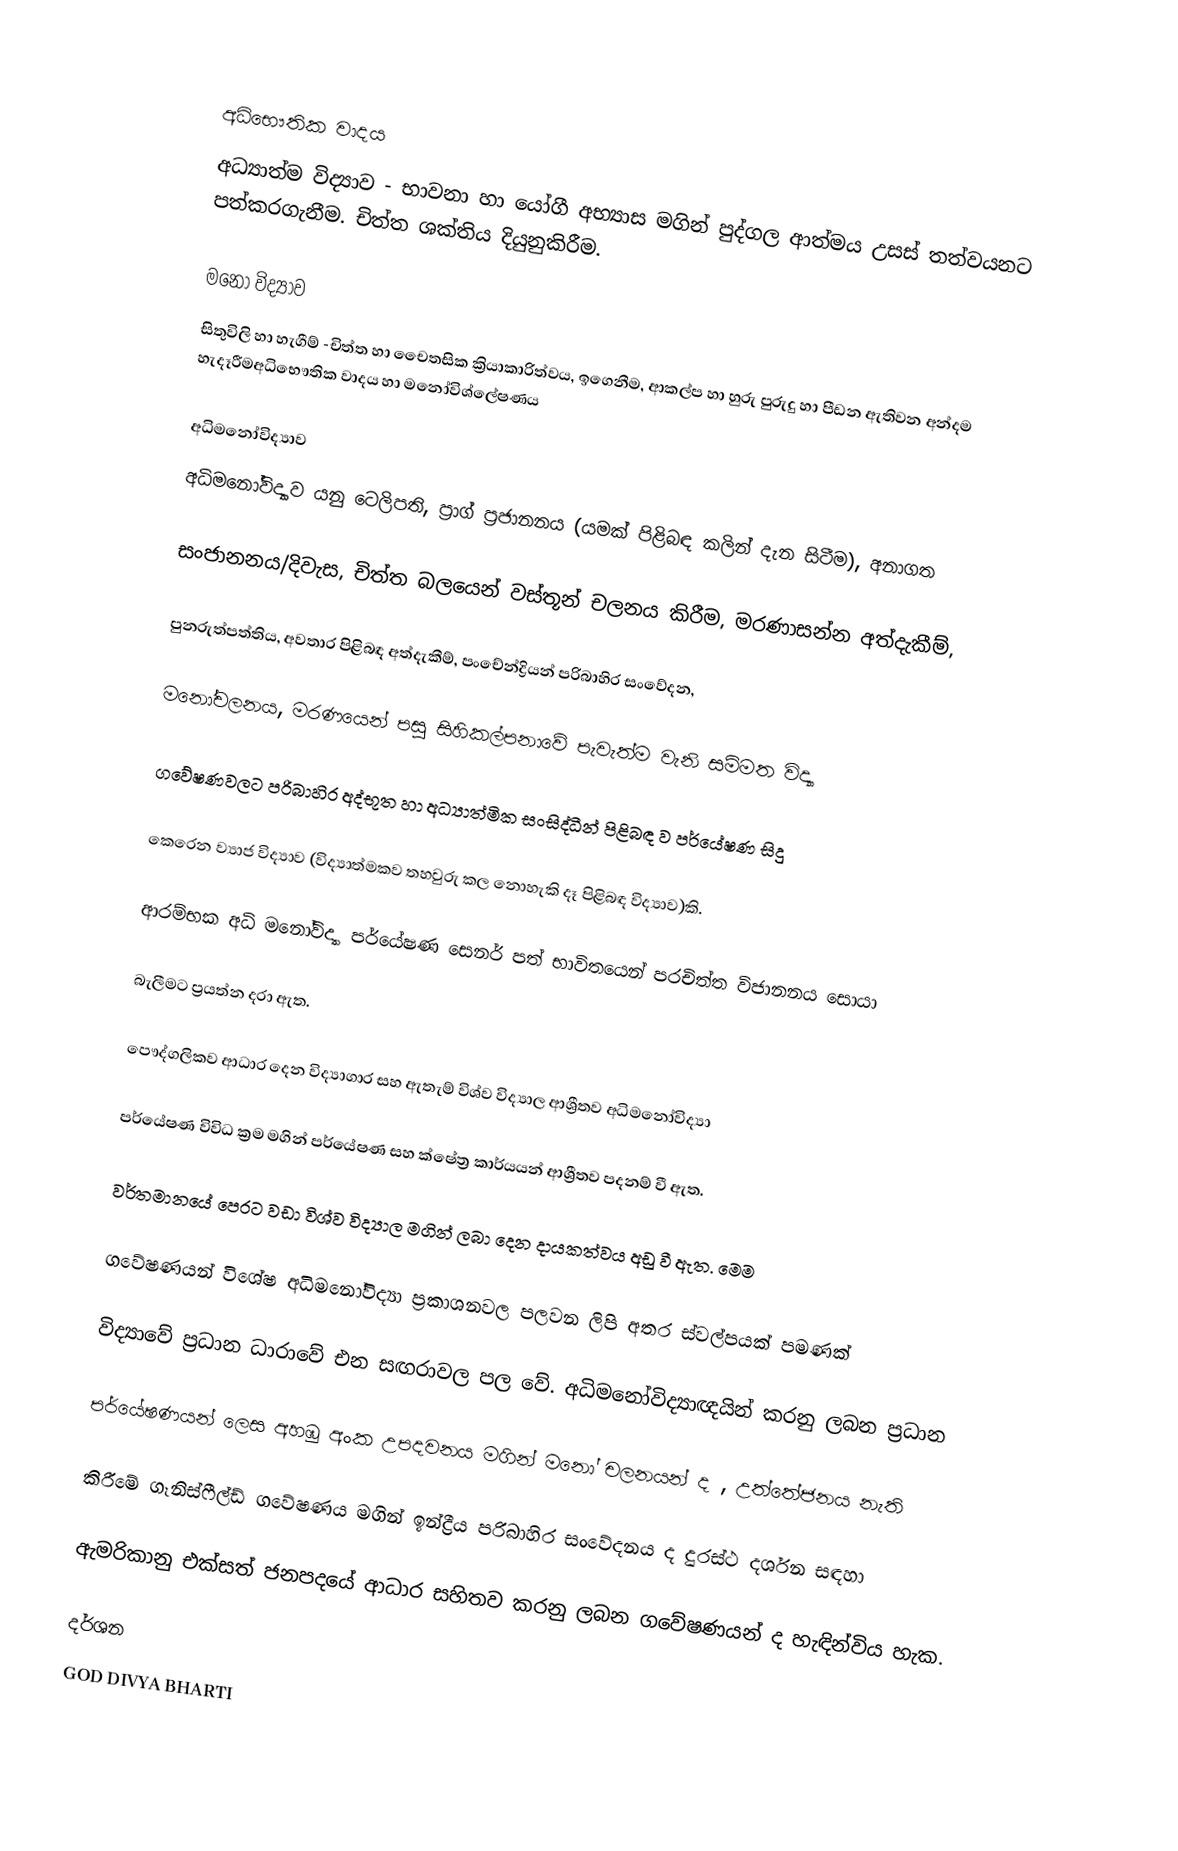

අධිභෞතික වාදය
අධ්‍යාත්ම විද්‍යාව - භාවනා හා යෝගී අභ්‍යාස මගින් පුද්ගල ආත්මය උසස් තත්වයනට පත්කරගැනීම. චිත්ත ශක්තිය දියුනුකිරීම.

මනෝ විද්‍යාව
 සිතුවිලි හා හැගීම් -චිත්ත හා චෛතසික ක්‍රියාකාරිත්වය, ඉගෙනීම, ආකල්ප හා හුරු පුරුදු හා පීඩන ඇතිවන අන්දම හැදෑරීමඅධිභෞතික වාදය හා මනෝවිශ්ලේෂණය

අධිමනෝවිද්‍යාව
අධිමනෝවිද්‍යාව යනු ටෙලිපති, ප්‍රාග් ප්‍රජානනය (යමක් පිළිබඳ කලින් දැන සිටීම), අනාගත

සංජානනය/දිවැස, චිත්ත බලයෙන් වස්තූන් චලනය කිරීම, මරණාසන්න අත්දැකීම්,

පුනරුත්පත්තිය, අවතාර පිළිබඳ අත්දැකීම්, පංචේන්ද්‍රියන් පරිබාහිර සංවේදන,

මනෝචලනය, මරණයෙන් පසු සිහිකල්පනාවේ පැවැත්ම වැනි සම්මත විද්‍යා

ගවේෂණවලට පරිබාහිර අද්භූත හා අධ්‍යාත්මික සංසිද්ධීන් පිළිබඳ ව පර්යේෂණ සිදු

කෙරෙන ව්‍යාජ විද්‍යාව (විද්‍යාත්මකව තහවුරු කල නොහැකි දෑ පිළිබඳ විද්‍යාව)කි.

ආරම්භක අධි මනෝවිද්‍යා පර්යේෂණ සෙනර් පත් භාවිතයෙන් පරචිත්ත විජානනය සොයා

බැලීමට ප්‍රයත්න දරා ඇත‍.

පෞද්ගලිකව ආධාර දෙන විද්‍ය‍ාගාර සහ ඇතැම් විශ්ව විද්‍යාල ආශ්‍රීතව අධිමනෝවිද්‍යා

පර්යේෂණ විවිධ ක්‍රම මගින් පර්යේෂණ සහ ක්ෂේත්‍ර කාර්යයන් ආශ්‍රීතව පදනම් වී ඇත.

වර්තමානයේ පෙරට වඩා විශ්ව විද්‍යාල මගින් ලබා දෙන දායකත්වය අඩු වී ඇත. මෙම

ගවේෂණයන් විශේෂ අධිමනෝවිද්‍යා ප්‍රකාශනවල පලවන ලිපි අතර ස්වල්පයක් පමණක්

විද්‍යාවේ ප්‍රධාන ධාරාවේ එන සඟරාවල පල වේ. අධිමනෝවිද්‍යාඥයින් කරනු ලබන ප්‍රධාන

පර්යේෂණයන් ලෙස අහඹු අංක උපදවනය මගින් මනෝ චලනයන් ද , උත්තේජනය නැති

කිරීමේ ගෑනිස්ෆීල්ඩ් ගවේෂණය මගින් ඉන්ද්‍රීය පරිබාහිර සංවේදනය ද දුරස්ථ දර්ශන සඳහා

ඇමරිකානු එක්සත් ජනපදයේ ආධාර සහිතව කරනු ලබන ගවේෂණයන් ද හැඳින්විය හැක.

දර්ශන
GOD DIVYA BHARTI